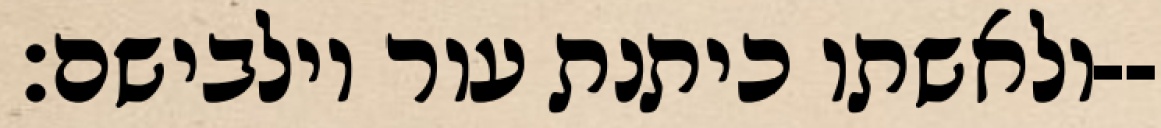
ולאשתו כיתנת עור וילבישם׃--